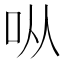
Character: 𫩛